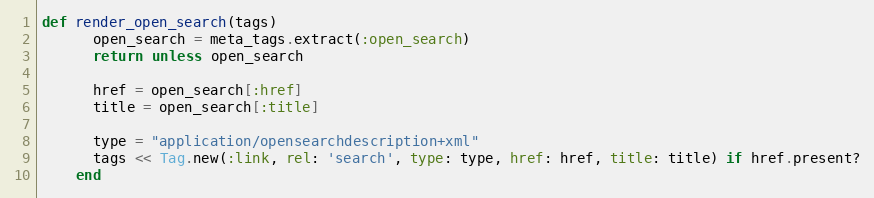
Language: Ruby
def render_open_search(tags)
      open_search = meta_tags.extract(:open_search)
      return unless open_search

      href = open_search[:href]
      title = open_search[:title]

      type = "application/opensearchdescription+xml"
      tags << Tag.new(:link, rel: 'search', type: type, href: href, title: title) if href.present?
    end